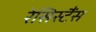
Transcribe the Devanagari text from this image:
रेसिस्टैंस